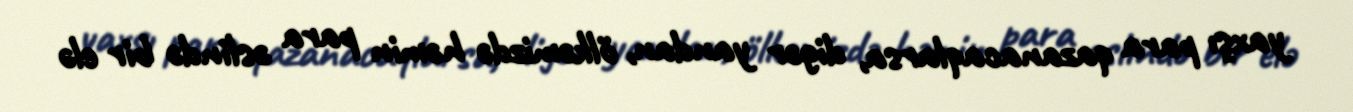
yaxşı para qazanacaqlarsa, digər yandan, ölkəmizdə həmin para əslində bir elə